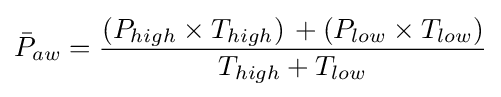
{\bar {P}}_{aw}={\frac {(P_{high}\times T_{high})\,+(P_{low}\times T_{low})}{T_{high}+T_{low}}}